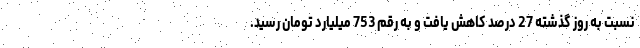
نسبت به روز گذشته 27 درصد کاهش یافت و به رقم 753 میلیارد تومان رسید.